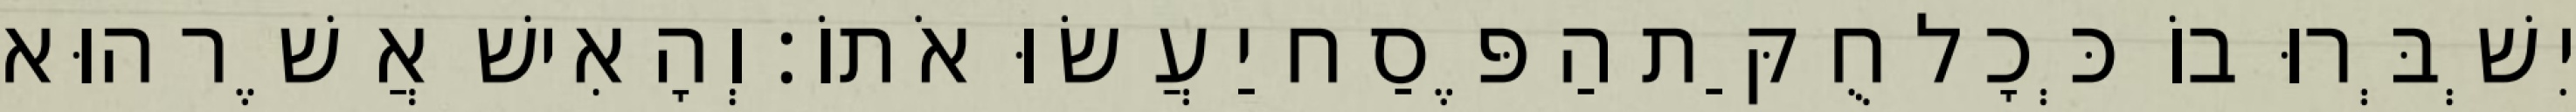
יִשְׁבְּרוּ בוֹ כְּכָל חֻקַּת הַפֶּסַח יַעֲשׂוּ אֹתוֹ׃ וְהָאִישׁ אֲשֶׁר הוּא